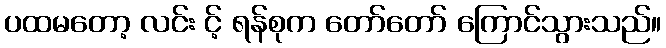
ပထမတော့ လင်း င့် ရန်စုက တော်တော် ကြောင်သွားသည်။